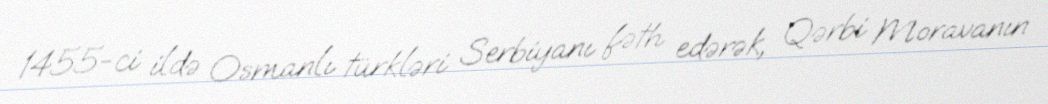
1455-ci ildə Osmanlı türkləri Serbiyanı fəth edərək, Qərbi Moravanın